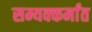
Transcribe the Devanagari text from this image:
सम्यक्कर्मांत